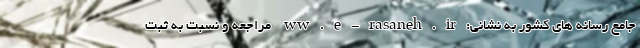
جامع رسانه های کشور به نشانی:ww.e-rasaneh.ir مراجعه و نسبت به ثبت